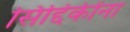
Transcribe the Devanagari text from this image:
सिद्दिकींना